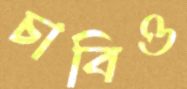
চাবিও